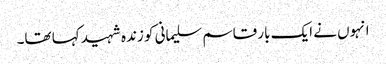
انہوں نے ایک بار قاسم سلیمانی کو زندہ شہید کہا تھا۔